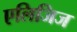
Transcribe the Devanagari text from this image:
एलिजिज